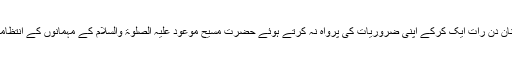
جلسے سے پہلے گزشتہ تین چار ہفتے سے تو بعض کارکنان دن رات ایک کرکے اپنی ضروریات کی پرواہ نہ کرتے ہوئے حضرت مسیح موعود علیہ الصلوٰۃ والسلام کے مہمانوں کے انتظامات کو بہتر سے بہتر بنانے کی خدمت میں لگے رہے ہیں۔